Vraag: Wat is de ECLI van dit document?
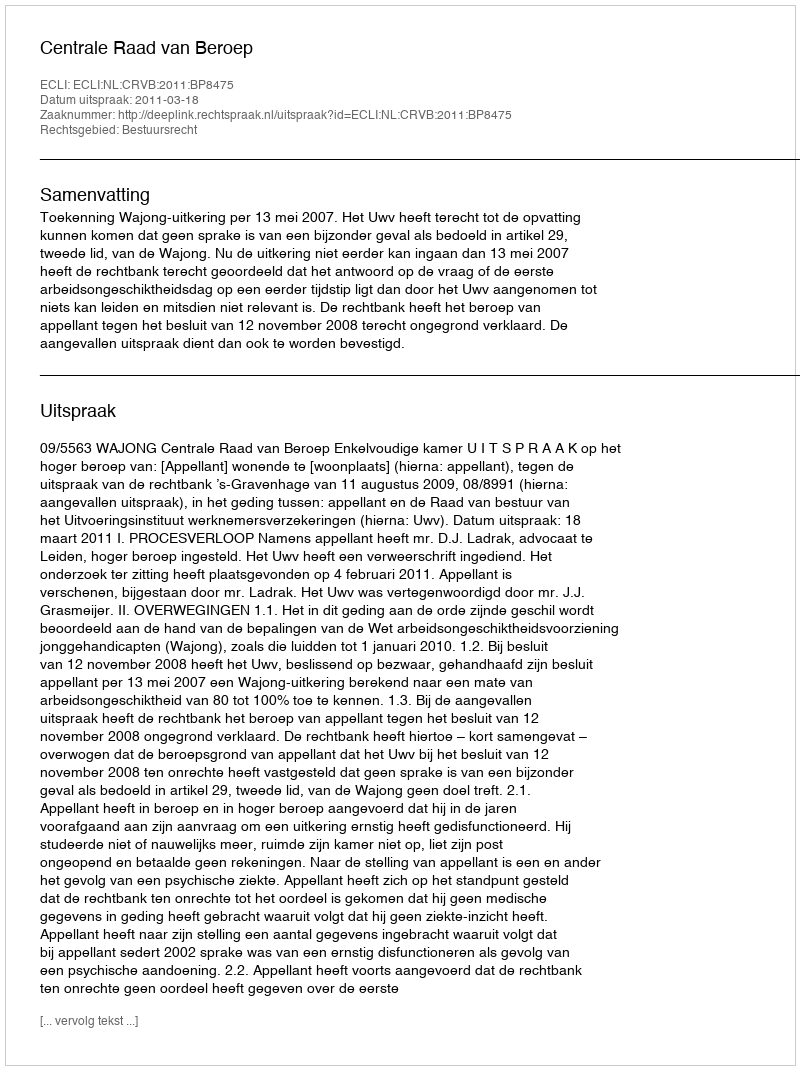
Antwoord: ECLI:NL:CRVB:2011:BP8475